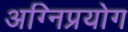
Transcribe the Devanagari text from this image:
अग्निप्रयोग